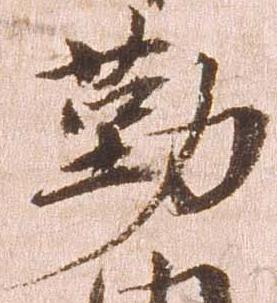
勤